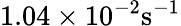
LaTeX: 1.04\times 10^{-2}\mathrm{s^{-1}}